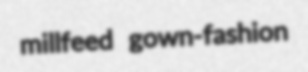
millfeed gown-fashion